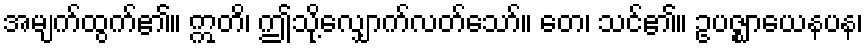
အမျက်ထွက်၏။ ဣတိ၊ ဤသို့လျှောက်လတ်သော်။ တေ၊ သင်၏။ ဥပဇ္ဈာယေနပန၊